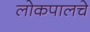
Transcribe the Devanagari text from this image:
लोकपालचे